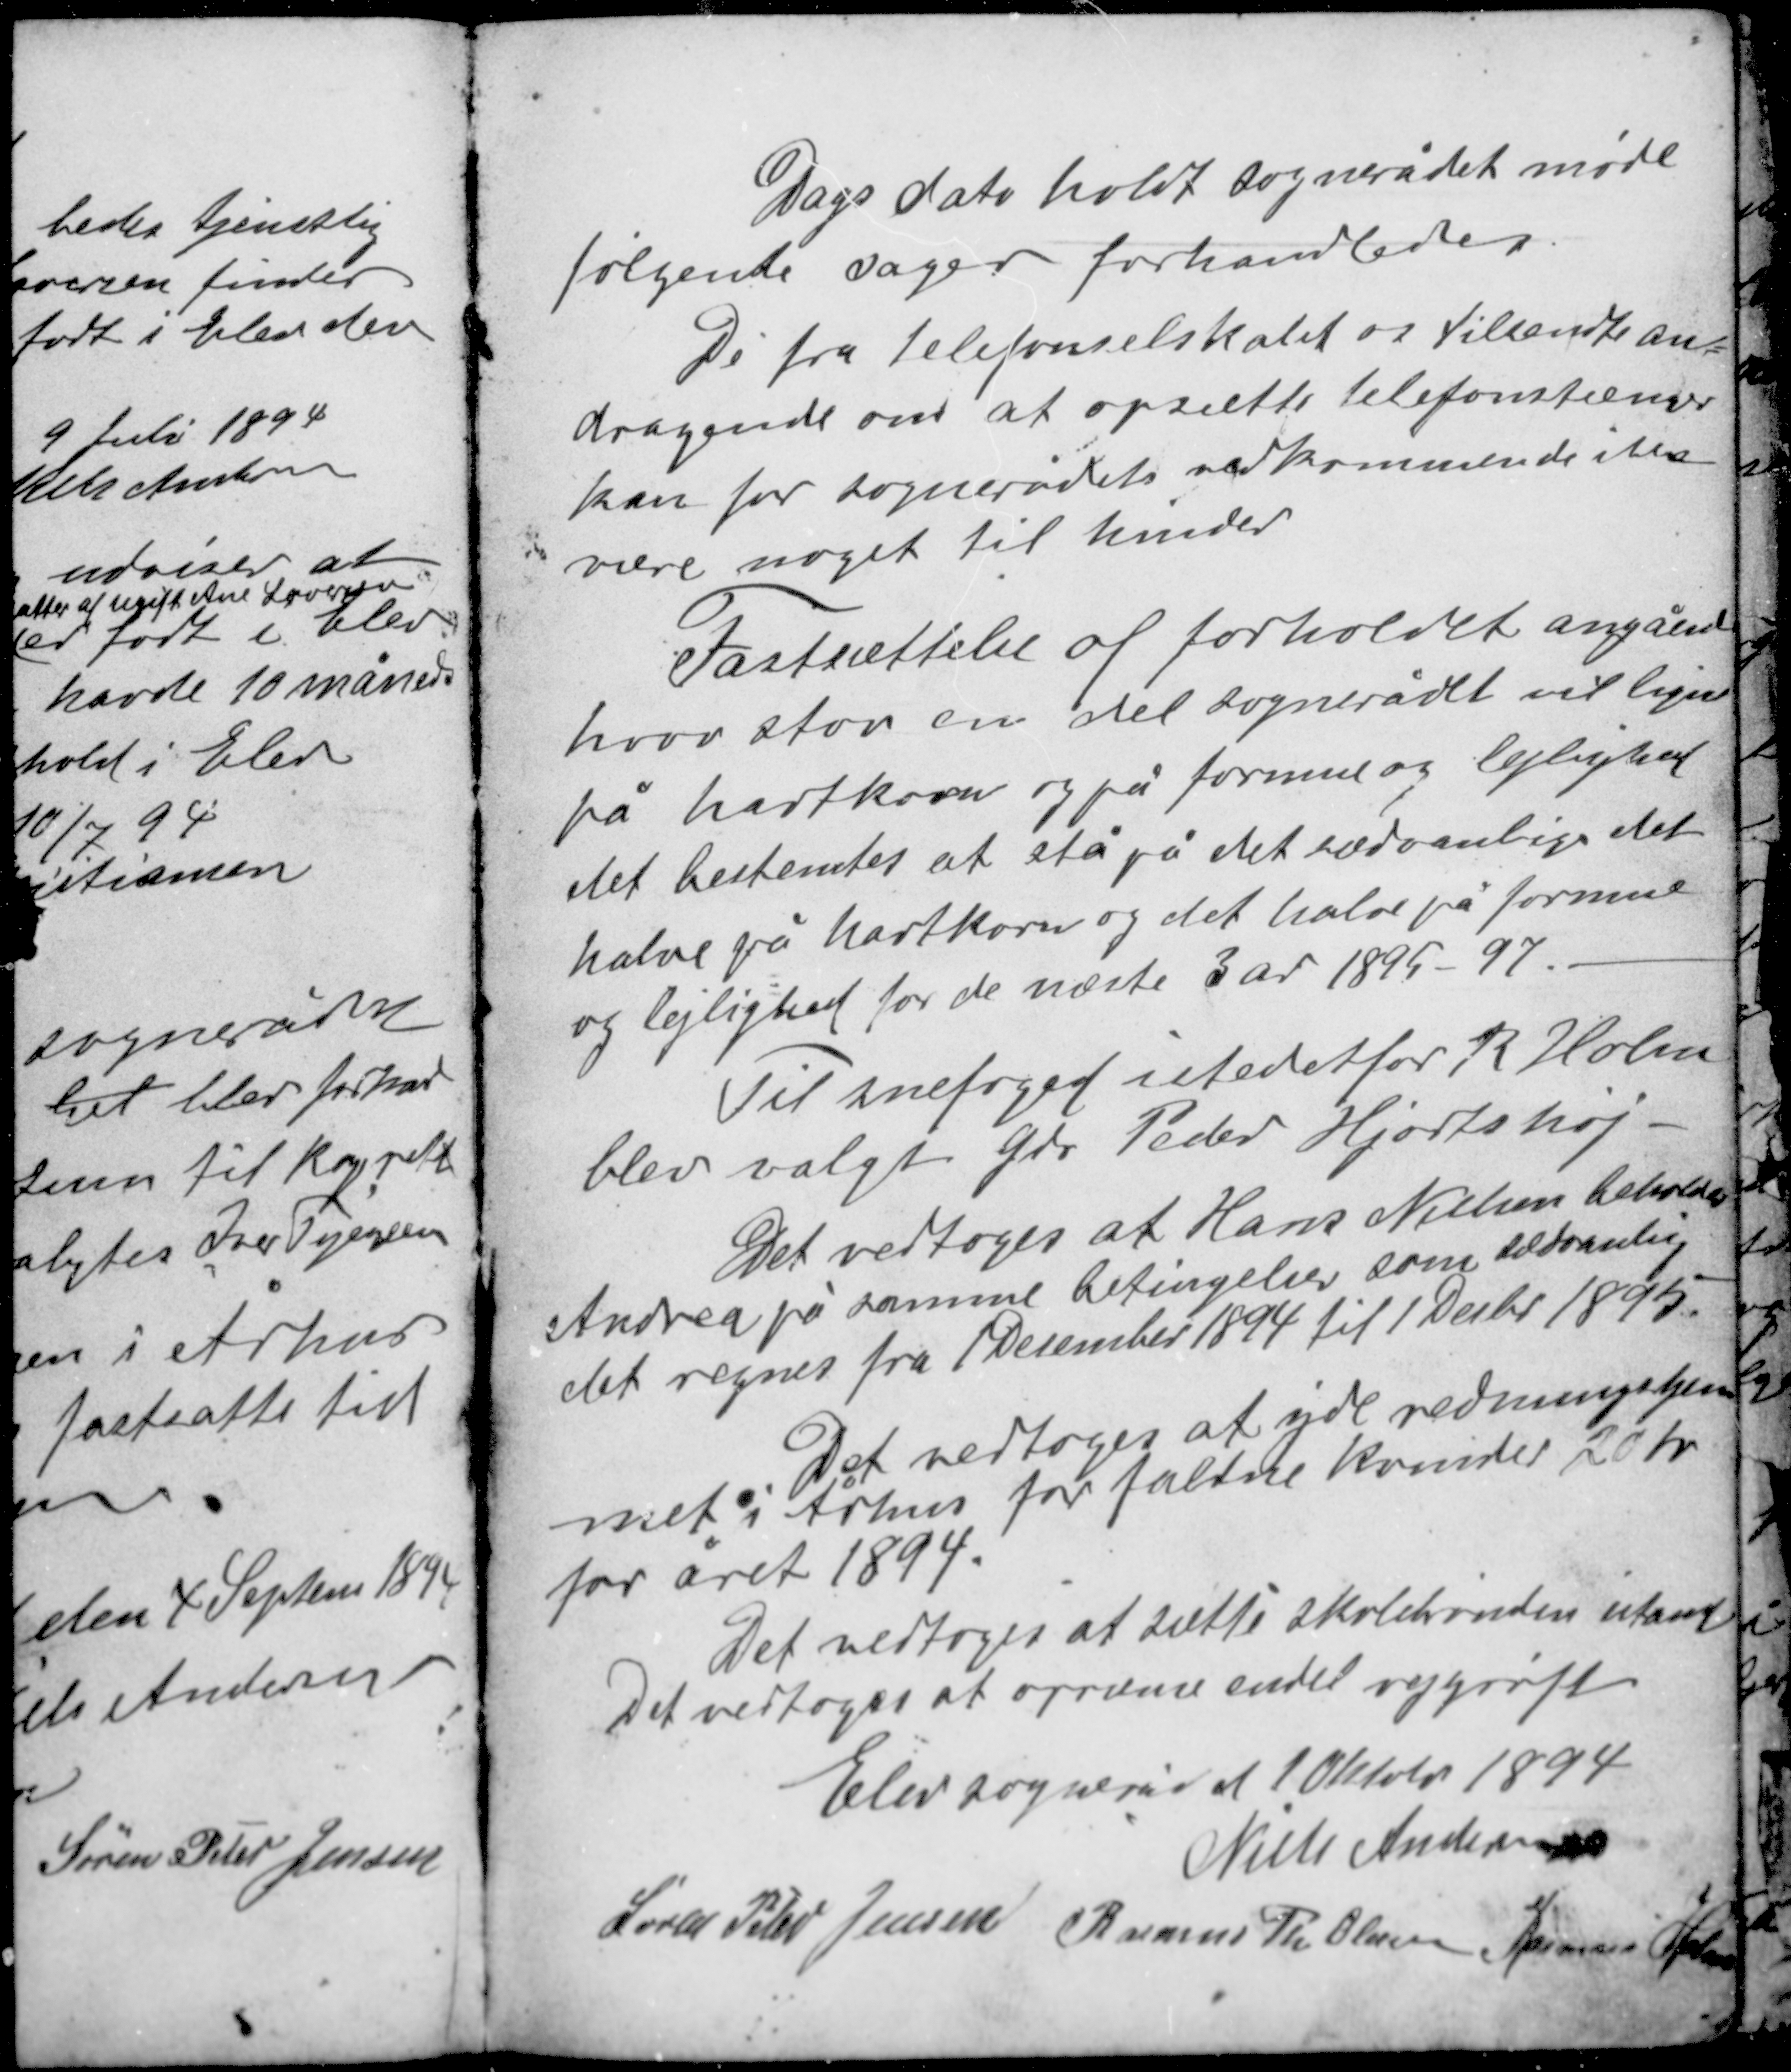
Transskription:
Dags dato holdt sognerådet møde
følgende sager forhandledes
De fra telefonselskabet os tilsendte an-
dragende om at opsætte telefonstænger
kan for sognerådets vedkommende ikke
være noget til hinder

Fastsættelse af forholdet angående
hvor stor en del sognerådet vil ligne
på hartkorn og på formue og lejlighed
det bestemtes at stå på det sædvanlige det
halve på hartkorn og det halve på formue
og lejlighed for de næste 3 år 1895-97

Til snefoged i stedet for R. Holm
blev valgt Gdr. Peder Hjortshøj.
Det vedtoges at Hans Nielsen beholder
Anrea på samme betingelser som sædvanlig
det regnes fra 1 December 1894 til 1 Decbr 1895.

Det vedtoges at yde redningshjem-
met i Århus for faldne kvinder 20 kr
for året 1894.
Det vedtoges at sætte skolebrønden istand
Det vedtoges at oprænse endel vejgrøfter

Elev sogneråd d 1 Oktober 1894
Niels Andersen
Søren Peter Jensen Rasmus Th Olesen Rasmus Holm